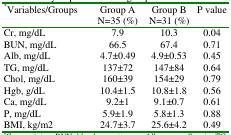
<table><thead><tr><td rowspan="2"><b><sup>*</sup>Variables/Groups</b></td><td><b>Group A</b></td><td><b>Group B</b></td><td rowspan="2"><b>P value</b></td></tr><tr><td><b>N=35 (%)</b></td><td><b>N=31 (%)</b></td></tr></thead><tbody><tr><td>Cr, mg/dL</td><td>7.9</td><td>10.3</td><td>0.04</td></tr><tr><td>BUN, mg/dL </td><td>66.5</td><td>67.4</td><td>0.71</td></tr><tr><td>Alb, mg/dL </td><td>4.7±0.49</td><td>4.9±0.53</td><td>0.45</td></tr><tr><td>TG, mg/dL </td><td>137±72</td><td>147±84</td><td>0.64</td></tr><tr><td>Chol, mg/dL </td><td>160±39</td><td>154±29</td><td>0.79</td></tr><tr><td>Hgb, g/dL </td><td>10.4±1.5</td><td>10.8±1.8</td><td>0.56</td></tr><tr><td>Ca, mg/dL </td><td>9.2±1</td><td>9.1±0.7</td><td>0.61</td></tr><tr><td>P, mg/dL </td><td>5.9±1.9</td><td>5.8±1.3</td><td>0.88</td></tr><tr><td>BMI, kg/m2 </td><td>24.7±3.7</td><td>25.6±4.2</td><td>0.49</td></tr></tbody></table>